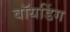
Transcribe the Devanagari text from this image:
वॉयडिंग